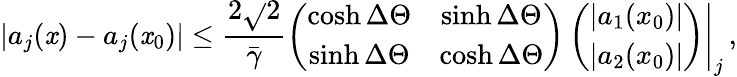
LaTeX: |a_{j}(\mathit{x})-a_{j}(\mathit{x}_{0})|\leq\frac{{2\sqrt{}{{2}}}}{{\bar{{\gamma}}}}\left.\left(\begin{array}{cc}{{\cosh\Delta\Theta}}&{{\sinh\Delta\Theta}}\\ {{\sinh\Delta\Theta}}&{{\cosh\Delta\Theta}}\end{array}\right)\left(\begin{array}{c}{{|a_{1}(x_{0})|}}\\ {{|a_{2}(x_{0})|}}\end{array}\right)\right|_{j}\, ,